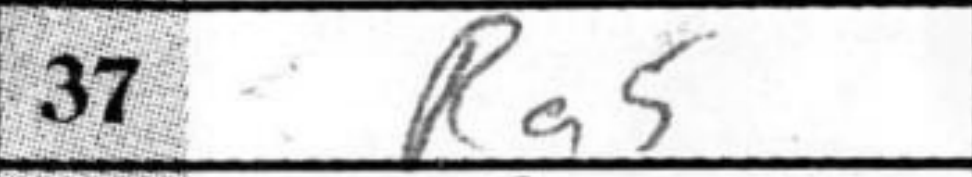
Transcription: Ra5